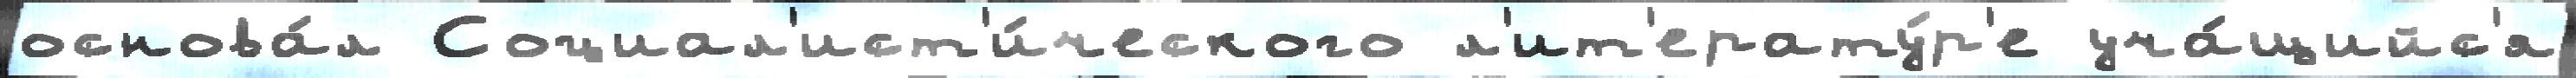
основа́л Социал'ист'и́ческого л'ит'ерату́р'е уча́щийс'я